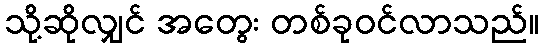
သို့ဆိုလျှင် အတွေး တစ်ခုဝင်လာသည်။